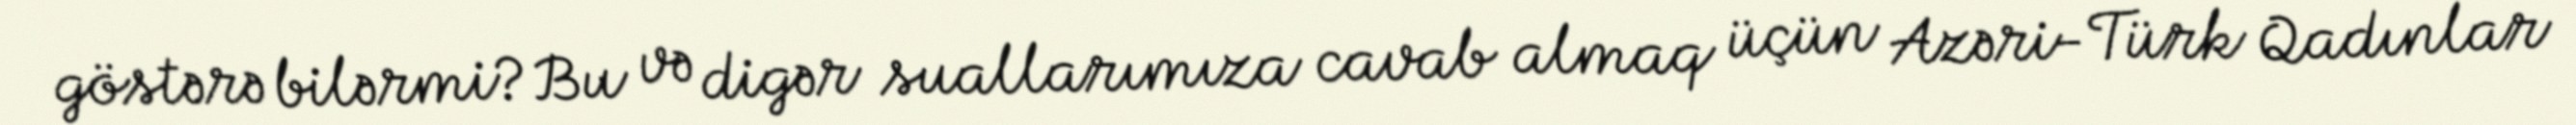
göstərə bilərmi?Bu və digər suallarımıza cavab almaq üçün Azəri-Türk Qadınlar